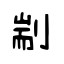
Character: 剬